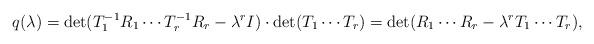
LaTeX: \begin{align*} q(\lambda) = \det(T_1^{-1} R_1 \cdots T_r^{-1} R_r - \lambda^r I) \cdot \det (T_1 \cdots T_r)= \det(R_1 \cdots R_r - \lambda^r T_1 \cdots T_r), \end{align*}